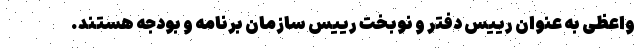
واعظی به عنوان رییس دفتر و نوبخت رییس سازمان برنامه و بودجه هستند.